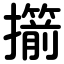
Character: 擶